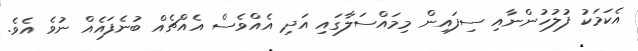
އެކަމަކު ފުލުހުންނާއި ސިފައިން މިމައްސަލާގައި އަދި އެއްވެސް އެއްޗެއް ބުނެފައެއް ނުވެ އެވެ.